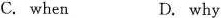
C. when D. why